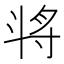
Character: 𣁻